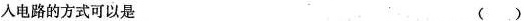
入电路的方式可以是 ()